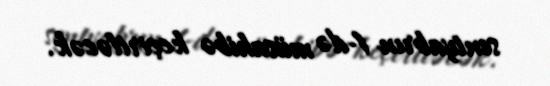
sentyabrın 1-də müsahibə keçiriləcək.